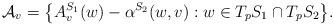
LaTeX: \begin{align*}\mathcal A_v=\big\{A_v^{S_1}(w)-\alpha^{S_2}(w,v):w\in T_pS_1\cap T_pS_2\big\}.\end{align*}